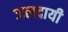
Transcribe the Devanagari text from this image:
जलदायी